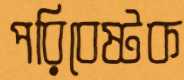
পরিবেষ্টক